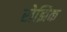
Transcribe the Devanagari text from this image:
रोझिक